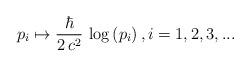
LaTeX: \begin{align*}p_i\mapsto \frac{\hbar}{2\,c^2}\,\log \left(p_i\right),i=1,2,3,...\end{align*}